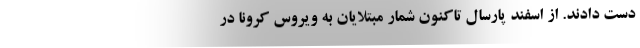
دست دادند. از اسفند پارسال تاکنون شمار مبتلایان به ویروس کرونا در